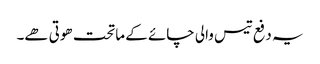
یہ دفع تیس والی چائے کے ماتحت ھوتی ھے۔